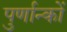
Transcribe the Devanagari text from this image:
पुर्णान्कों